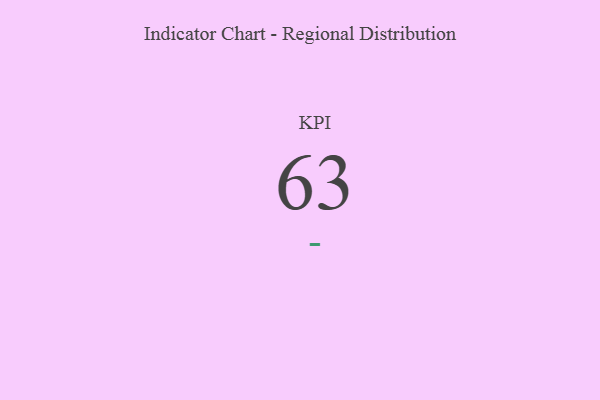
{"axis": {"x": "KPI", "y": "Value"}, "legend": [""], "data": [{"x": "KPI", "y": 63, "type": ""}]}